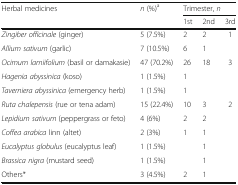
| <ROWSPAN=2> Herbal medicines | <ROWSPAN=2> n (%)a | <COLSPAN=3> Trimester, n |
 | 1st | 2nd | 3rd |
 | --- | --- | --- | --- | --- |
 | Zingiber officinale (ginger) | 5 (7.5%) | 2 | 2 | 1 |
 | Allium sativum (garlic) | 7 (10.5%) | 6 | 1 |  |
 | Ocimum lamiifolium (basil or damakasie) | 47 (70.2%) | 26 | 18 | 3 |
 | Hagenia abyssinica (koso) | 1 (1.5%) | 1 |  |  |
 | Taverniera abyssinica (emergency herb) | 1 (1.5%) | 1 |  |  |
 | Ruta chalepensis (rue or tena adam) | 15 (22.4%) | 10 | 3 | 2 |
 | Lepidium sativum (peppergrass or feto) | 4 (6%) | 2 | 2 |  |
 | Coffea arabica linn (altet) | 2 (3%) | 1 | 1 |  |
 | Eucalyptus globulus (eucalyptus leaf) | 1 (1.5%) |  | 1 |  |
 | Brassica nigra (mustard seed) | 1 (1.5%) |  | 1 |  |
 | Others* | 3 (4.5%) | 2 | 1 |  |